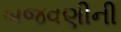
બજવણીની